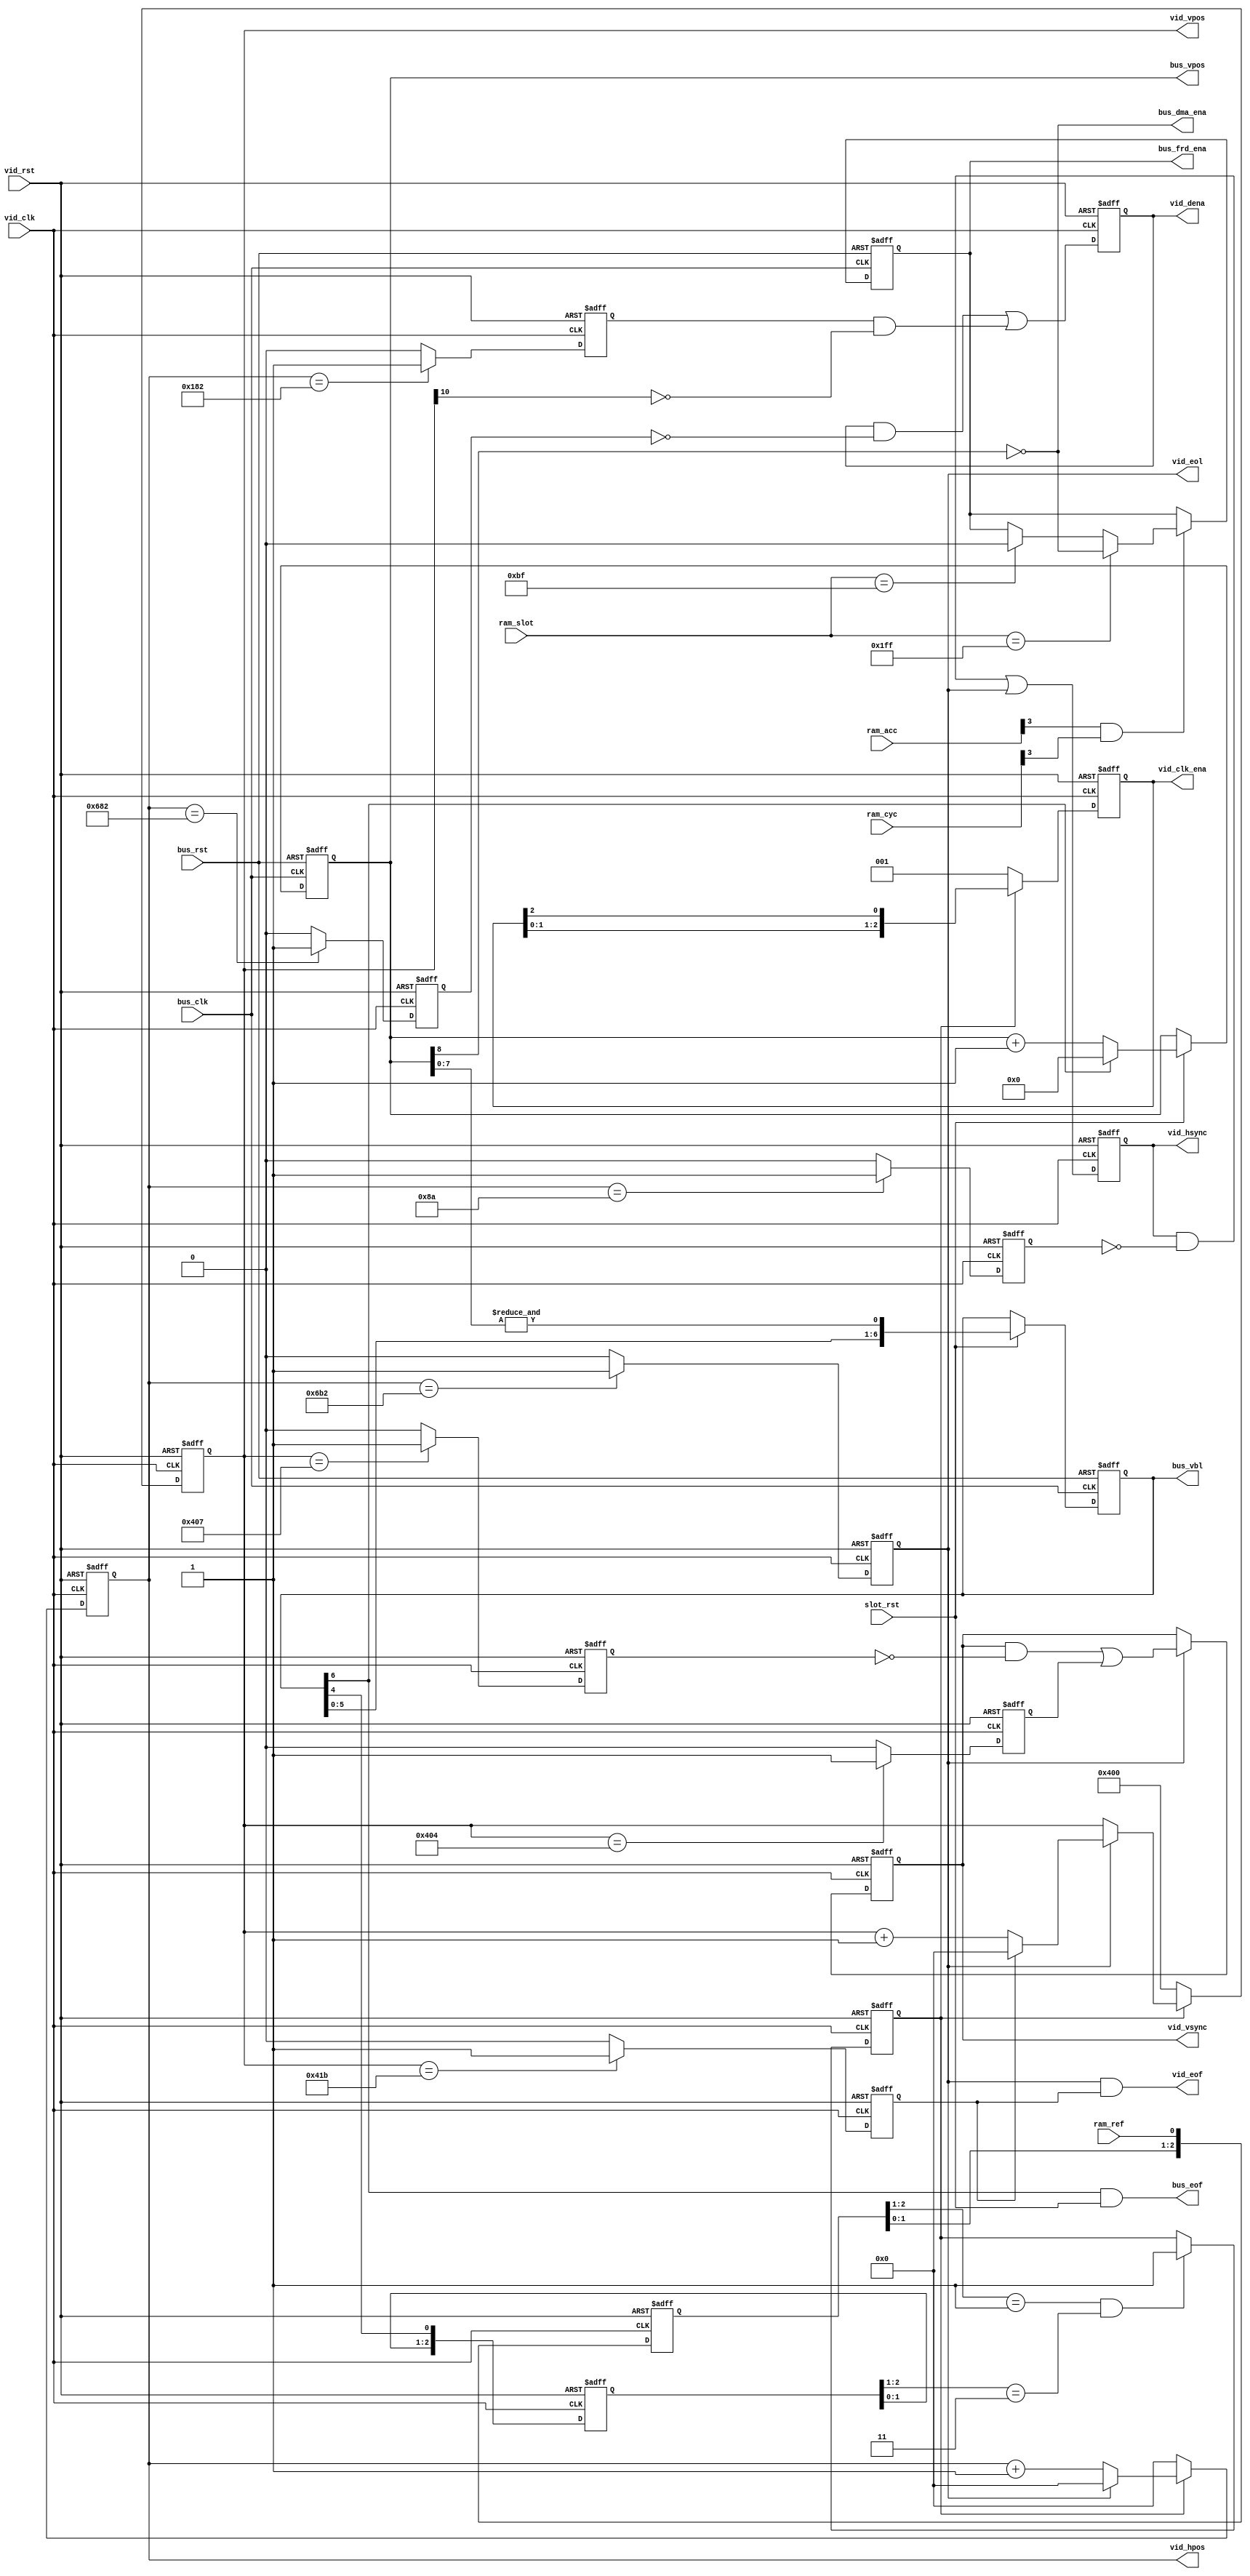
// Bus timing :
// ------------
// 81 MHz bus clock (3 x 27)
// 321.75 phases / line (line rate : 15734.265 Hz)
// 4 bank access / phase
// 4 clocks / bank access
// 5148 clocks / line
// 263 lines / frame
// 59.826 Hz frame rate

// 160 68000 access / line
// 227.5 Z80 access / line
// 3x64 tile blocks (8x2) / 2 lines
// 1024 sprite blocks (8x2) / 2 lines

// Video timing :
// --------------
// 108 MHz pixel clock (4 x 27)
// 1716 clocks / line (line rate : 62937 Hz)
// 1052 lines / frame
// 59.826 Hz frame rate

module cps_video_beam
(
    input         bus_rst,         // Bus reset
    input         bus_clk,         // Bus clock (81 MHz)
    
    input         ram_ref,         // SDRAM refresh active
    input   [3:0] ram_cyc,         // SDRAM cycles
    input   [3:0] ram_acc,         // SDRAM access
    input   [8:0] ram_slot,        // Slot counter
    input         slot_rst,        // Slot counter reset
    
    output        bus_eof,         // Bus end-of-frame
    output  [6:0] bus_vbl,         // Bus vertical blanking
    output  [8:0] bus_vpos,        // Bus vertical position
    output        bus_dma_ena,     // Bus DMAs enable
    output        bus_frd_ena,     // Bus FIFOs read enable
    
    input         vid_rst,         // Video reset
    input         vid_clk,         // Video clock (108 MHz)
    output  [2:0] vid_clk_ena,     // Video clock enable
    
    output        vid_eol,         // Video end-of-line
    output        vid_eof,         // Video end-of-frame
    output [10:0] vid_hpos,        // Horizontal position (0 - 1715)
    output [10:0] vid_vpos,        // Vertical position (0 - 1051)
    output        vid_hsync,       // Horizontal synchronization
    output        vid_vsync,       // Vertical synchronization
    output        vid_dena         // Display enable
);

    // ========================================================================
    // Vertical position : 0 - 262 (bus clock)
    // ========================================================================
    
    reg [8:0] r_bus_vpos; // Vertical position
    reg [6:0] r_bus_vbl;  // Vertical blanking
    reg       r_bus_frd;  // FIFO read enable
    
    always@(posedge bus_rst or posedge bus_clk) begin : BUS_VPOS
    
        if (bus_rst) begin
            r_bus_vpos <= 9'd256;
            r_bus_vbl  <= 7'b0000001;
            r_bus_frd  <= 1'b0;
        end
        else begin
            // Vertical position
            if (slot_rst) begin
                r_bus_vpos <= (r_bus_vbl[6]) ? 9'd0 : r_bus_vpos + 9'd1;
            end
            // Vertical blanking
            if (slot_rst) begin
                r_bus_vbl  <= { r_bus_vbl[5:0], &r_bus_vpos[7:0] };
            end
            // FIFOs read enable
            if (ram_acc[3] & ram_cyc[3]) begin
                if (ram_slot == 9'h1FF)
                    r_bus_frd <= ~r_bus_vpos[8];
                else if (ram_slot == 9'h0BF)
                    r_bus_frd <= 1'b0;
            end
        end
    end
    
    assign bus_eof       = r_bus_vbl[6] & slot_rst;
    assign bus_vpos      = r_bus_vpos;
    assign bus_vbl       = r_bus_vbl;
    assign bus_dma_ena   = ~r_bus_vpos[8];
    assign bus_frd_ena   = r_bus_frd;

    // ========================================================================
    // Vertical position   : 0 - 1051 (video clock)
    // Horizontal position : 0 - 1715 (video clock)
    // ========================================================================
    
    reg [10:0] r_vid_vpos;    // Vertical position
    reg [10:0] r_vid_hpos;    // Horizontal position
    reg        r_vid_eol;     // End of line
    reg        r_vid_eof;     // End of frame
    reg        r_vid_lock;    // Video locked
    reg  [2:0] r_vid_clk_ena; // Clock enable
    
    always@(posedge vid_rst or posedge vid_clk) begin : VID_HVPOS
        reg [2:0] v_ref_cc;
        reg [2:0] v_eof_cc;
    
        if (vid_rst) begin
            r_vid_vpos    <= 11'd0;
            r_vid_hpos    <= 11'd0;
            r_vid_eol     <= 1'b0;
            r_vid_eof     <= 1'b0;
            r_vid_lock    <= 1'b0;
            r_vid_clk_ena <= 3'b000;
            v_ref_cc      <= 3'b000;
            v_eof_cc      <= 3'b000;
        end
        else begin
            if (r_vid_lock) begin
                // Vertical position
                if (r_vid_eol) begin
                    r_vid_vpos <= (r_vid_eof) ? 11'd0 : r_vid_vpos + 11'd1;
                end
                // Horizontal position
                r_vid_hpos    <= (r_vid_eol) ? 11'd0 : r_vid_hpos + 11'd1;
                // Clock enable (108 MHz -> 36 MHz)
                r_vid_clk_ena <= { r_vid_clk_ena[1:0], r_vid_clk_ena[2] };
            end
            else begin
                r_vid_vpos    <= 11'd1024;
                r_vid_hpos    <= 11'd0;
                r_vid_clk_ena <= 3'b001;
            end
            
            // Lock signal on end of frame
            if ((v_ref_cc[2:1] == 2'b01) && (v_eof_cc[2:1] == 2'b11)) begin
                r_vid_lock <= 1'b1;
            end
            
            // End of frame flag
            r_vid_eof <= (r_vid_vpos == 11'd1051) ? 1'b1 : 1'b0;
            // End of line flag
            r_vid_eol <= (r_vid_hpos == 11'd1714) ? 1'b1 : 1'b0;
            
            // Clock domain crossing (81 MHz -> 108 MHz)
            v_ref_cc <= { v_ref_cc[1:0], ram_ref };
            v_eof_cc <= { v_eof_cc[1:0], r_bus_vbl[4] };
        end
    end
    
    assign vid_eof     = r_vid_eol & r_vid_eof;
    assign vid_eol     = r_vid_eol;
    assign vid_hpos    = r_vid_hpos;
    assign vid_vpos    = r_vid_vpos;
    assign vid_clk_ena = r_vid_clk_ena;
    
    // ========================================================================
    // Vertical front porch   : 1 line
    // Vertical synchro       : 3 lines
    // Vertical back proch    : 20 lines
    // Horizontal front porch : 48 cycles (1668 -1715)
    // Horizontal synchro     : 140 cycles (0 - 139)
    // Horizontal back porch  : 248 cycles (140 - 387)
    // Display enable         : 1280 cycles (388 - 1667)
    // ========================================================================
    
    reg        r_vid_vsync;  // Vertical synchro
    reg        r_vid_hsync;  // Horizontal synchro
    reg        r_vid_dena;   // Display enable
    
    always@(posedge vid_rst or posedge vid_clk) begin : VID_HVSYNC
        reg v_vs_strt;
        reg v_vs_stop;
        reg v_hs_stop;
        reg v_de_strt;
        reg v_de_stop;
        
        if (vid_rst) begin
          r_vid_vsync <= 1'b0;
          r_vid_hsync <= 1'b0;
          r_vid_dena  <= 1'b0;
          v_vs_strt   <= 1'b0;
          v_vs_stop   <= 1'b0;
          v_hs_stop   <= 1'b0;
          v_de_strt   <= 1'b0;
          v_de_stop   <= 1'b0;
        end
        else begin
            // Vertical synchro (line 1027 - 1033)
            if (r_vid_eol) begin
                r_vid_vsync <= (r_vid_vsync & ~v_vs_stop) | v_vs_strt;
            end
            v_vs_strt   <= (r_vid_vpos == 11'd1028) ? 1'b1 : 1'b0;
            v_vs_stop   <= (r_vid_vpos == 11'd1031) ? 1'b1 : 1'b0;
            // Horizontal synchro (cycles 0 - 139)
            r_vid_hsync <= (r_vid_hsync & ~v_hs_stop) | r_vid_eol;
            v_hs_stop   <= (r_vid_hpos ==  11'd138) ? 1'b1 : 1'b0;
            // Display enable (cycles 388 - 1667 & lines 0 - 1023)
            r_vid_dena  <= (r_vid_dena & ~v_de_stop)
                         | (v_de_strt & ~r_vid_vpos[10]);
            v_de_strt   <= (r_vid_hpos ==  11'd386) ? 1'b1 : 1'b0;
            v_de_stop   <= (r_vid_hpos == 11'd1666) ? 1'b1 : 1'b0;
        end
    end
    
    assign vid_dena  = r_vid_dena;
    assign vid_hsync = r_vid_hsync;
    assign vid_vsync = r_vid_vsync;

endmodule